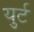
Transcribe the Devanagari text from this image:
युर्ट